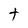
Character: t